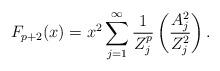
LaTeX: \begin{align*}F_{p+2}(x) = x^2 \sum_{j=1}^\infty \frac{1}{Z_j^{p}} \left(\frac{A_j^2}{Z_j^2}\right).\end{align*}